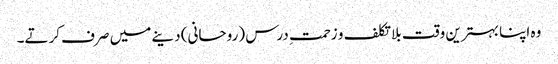
وہ اپنا بہترین وقت بلا تکلف و زحمتِ درس (روحانی) دینے میں صرف کرتے۔